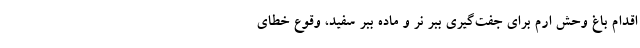
اقدام باغ وحش ارم برای جفت‌گیری ببر نر و ماده ببر سفید، وقوع خطای